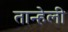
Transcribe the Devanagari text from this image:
तान्हेली